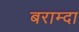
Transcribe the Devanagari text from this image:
बराम्दा